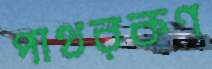
পাথরকণ